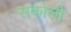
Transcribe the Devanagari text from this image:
सकोली